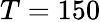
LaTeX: T=150